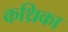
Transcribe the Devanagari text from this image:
कथ्रिका